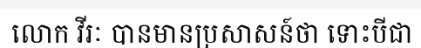
លោក វីរៈ បានមានប្រសាសន៍ថា ទោះបីជា